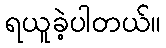
ရယူခဲ့ပါတယ်။